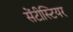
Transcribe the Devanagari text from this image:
सेंटीस्टियर